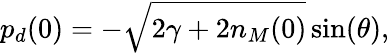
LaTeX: p_{d}(0)=-\sqrt{2\gamma+2n_{M}(0)}\sin(\theta),